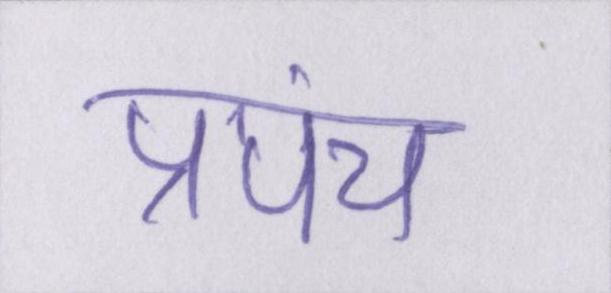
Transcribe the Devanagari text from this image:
प्रपंच